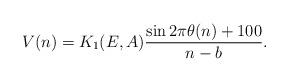
LaTeX: \begin{align*}V(n)=K_1(E,A)\frac{\sin2\pi\theta(n)+100}{n-b}.\end{align*}